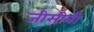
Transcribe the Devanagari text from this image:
जीसीबी